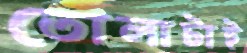
তোলাটাই